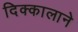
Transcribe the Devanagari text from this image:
दिक्कालाने